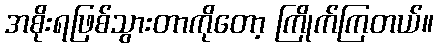
အစိုးရဖြစ်သွားတာကိုတော့ ကြိုက်ကြတယ်။